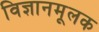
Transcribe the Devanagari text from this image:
विज्ञानमूलक